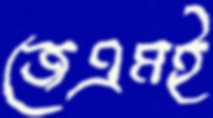
জেএমই